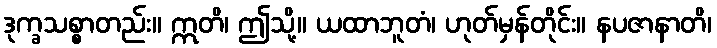
ဒုက္ခသစ္စာတည်း။ ဣတိ၊ ဤသို့။ ယထာဘူတံ၊ ဟုတ်မှန်တိုင်း။ နပဇာနာတိ၊